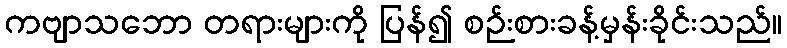
ကဗျာသဘော တရားများကို ပြန်၍ စဉ်းစားခန့်မှန်းခိုင်းသည်။